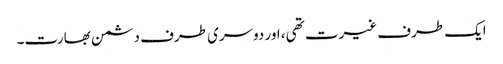
ایک طرف غیرت تھی، اور دوسری طرف دشمن بھارت۔